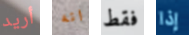
أريد انه فقط إذا